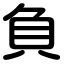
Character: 負